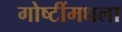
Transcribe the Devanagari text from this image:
गोष्टींमधला